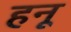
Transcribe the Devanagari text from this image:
हनू